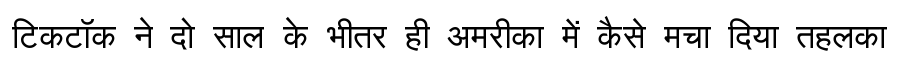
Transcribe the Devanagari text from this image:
टिकटॉक ने दो साल के भीतर ही अमरीका में कैसे मचा दिया तहलका